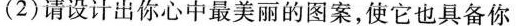
(2)请设计出你心中最美丽的图案，使它也具备你